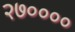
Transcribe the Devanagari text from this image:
२७००००